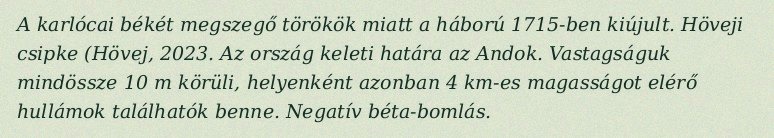
A karlócai békét megszegő törökök miatt a háború 1715-ben kiújult. Höveji csipke (Hövej, 2023. Az ország keleti határa az Andok. Vastagságuk mindössze 10 m körüli, helyenként azonban 4 km-es magasságot elérő hullámok találhatók benne. Negatív béta-bomlás.